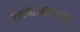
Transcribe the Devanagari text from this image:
रक्तसाखळण्यास